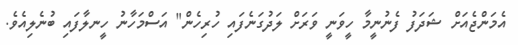
އެމަންޖެއަށް ޝަދަފު ފެނުނީމާ ހީވަނީ ވަރަށް ލަދުގަނެފައި ހުރިހެން" އަސްމަހާނު ހީނލާފައި ބުނެލިއެވެ.